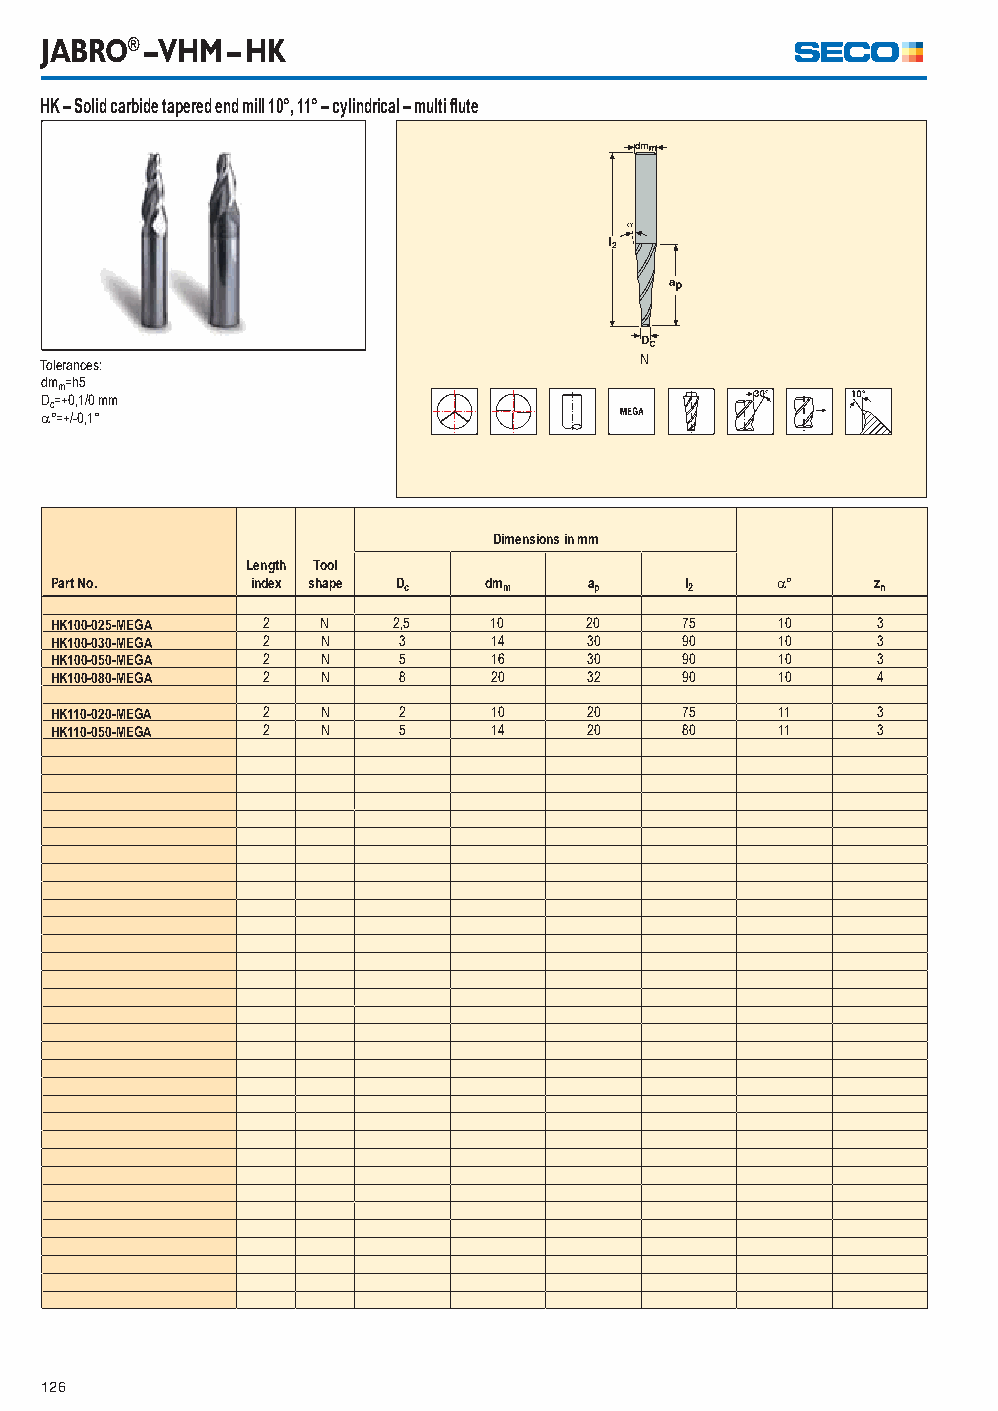
JABRO® – VHM – HK
 HK – Solid carbide tapered end mill 10°, 11° – cylindrical – multi fl ute
 Tolerances:                            N
 dmm=h5
 Dc=+0,1/0 mm
 °=+/-0,1°
 Dimensions in mm
 Length Tool
 Part No.      index shape Dc dmm    ap    l2    °     zn
 HK100-025-MEGA 2  N    2,5    10    20    75    10     3
 HK100-030-MEGA 2  N    3      14    30    90    10     3
 HK100-050-MEGA 2  N    5      16    30    90    10     3
 HK100-080-MEGA 2  N    8      20    32    90    10     4
 HK110-020-MEGA 2  N    2      10    20    75     11    3
 HK110-050-MEGA 2  N    5      14    20    80     11    3
 126